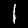
Label: 1